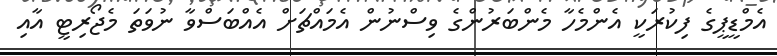
އެމްޑީޕީގެ ފިކުރަކީ އެންމެހާ މެންބަރުންގެ ވިސްނުން އެމައްޗަށް އެއްބަސްވާ ނުވަތަ މެޖޯރިޓީ އާއި